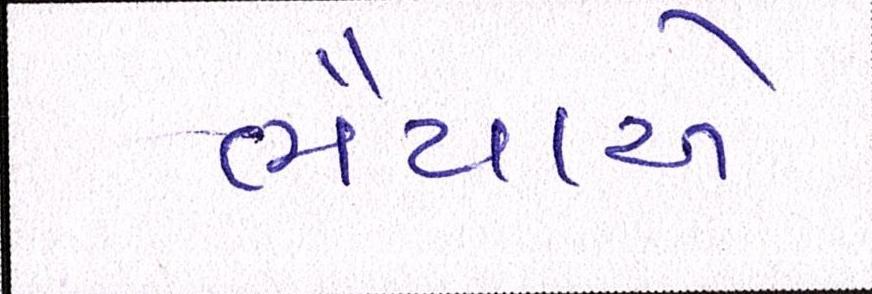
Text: ભૈયાએ